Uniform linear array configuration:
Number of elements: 4
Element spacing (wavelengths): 0.5
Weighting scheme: cosine
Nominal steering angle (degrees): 45
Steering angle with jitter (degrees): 46.752
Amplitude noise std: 0.05
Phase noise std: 0.05

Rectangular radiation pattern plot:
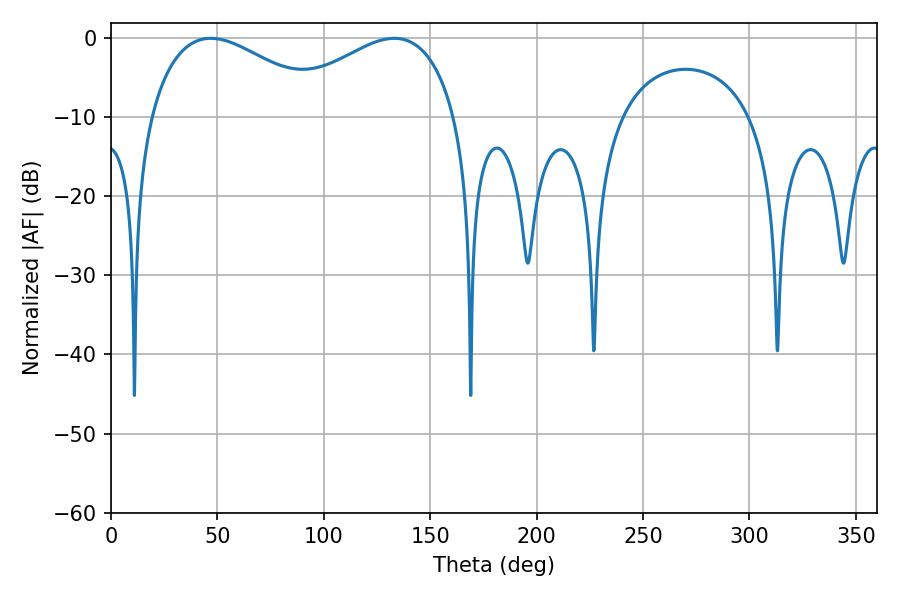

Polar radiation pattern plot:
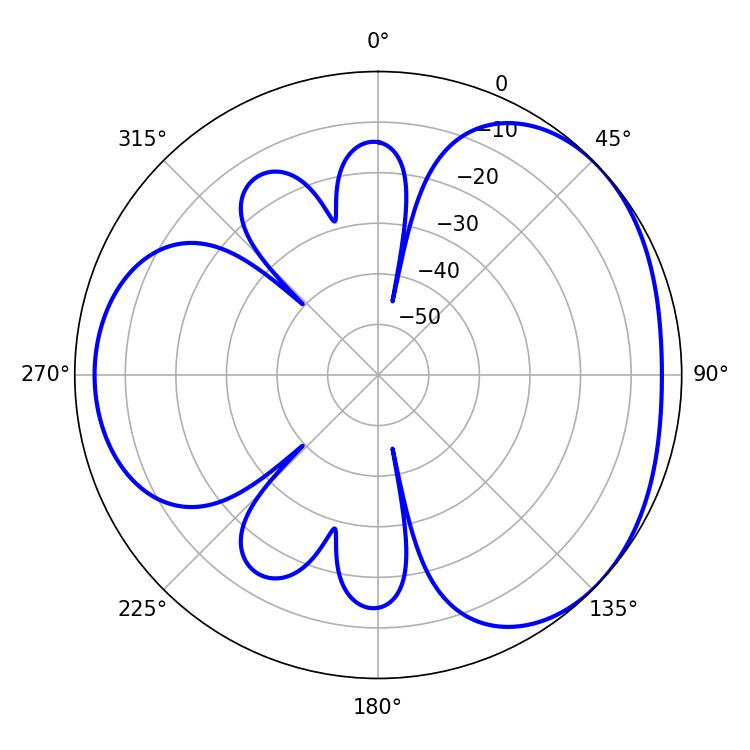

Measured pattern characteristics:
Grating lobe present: FALSE
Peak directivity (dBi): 3.343
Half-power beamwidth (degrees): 46.08
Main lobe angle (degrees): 46.8